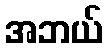
အဘယ်